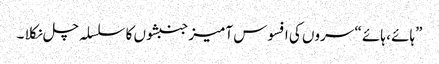
”ہائے ، ہائے “ سروں کی افسوس آمیز جنبشوں کا سلسلہ چل نکلا ۔